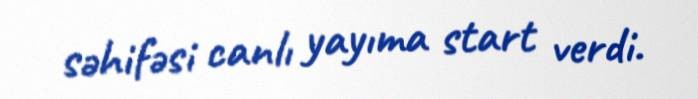
səhifəsi canlı yayıma start verdi.